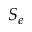
S _ { e }